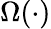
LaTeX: \Omega(\cdot)